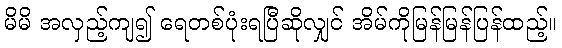
မိမိ အလှည့်ကျ၍ ရေတစ်ပုံးရပြီဆိုလျှင် အိမ်ကိုမြန်မြန်ပြန်ထည့်။